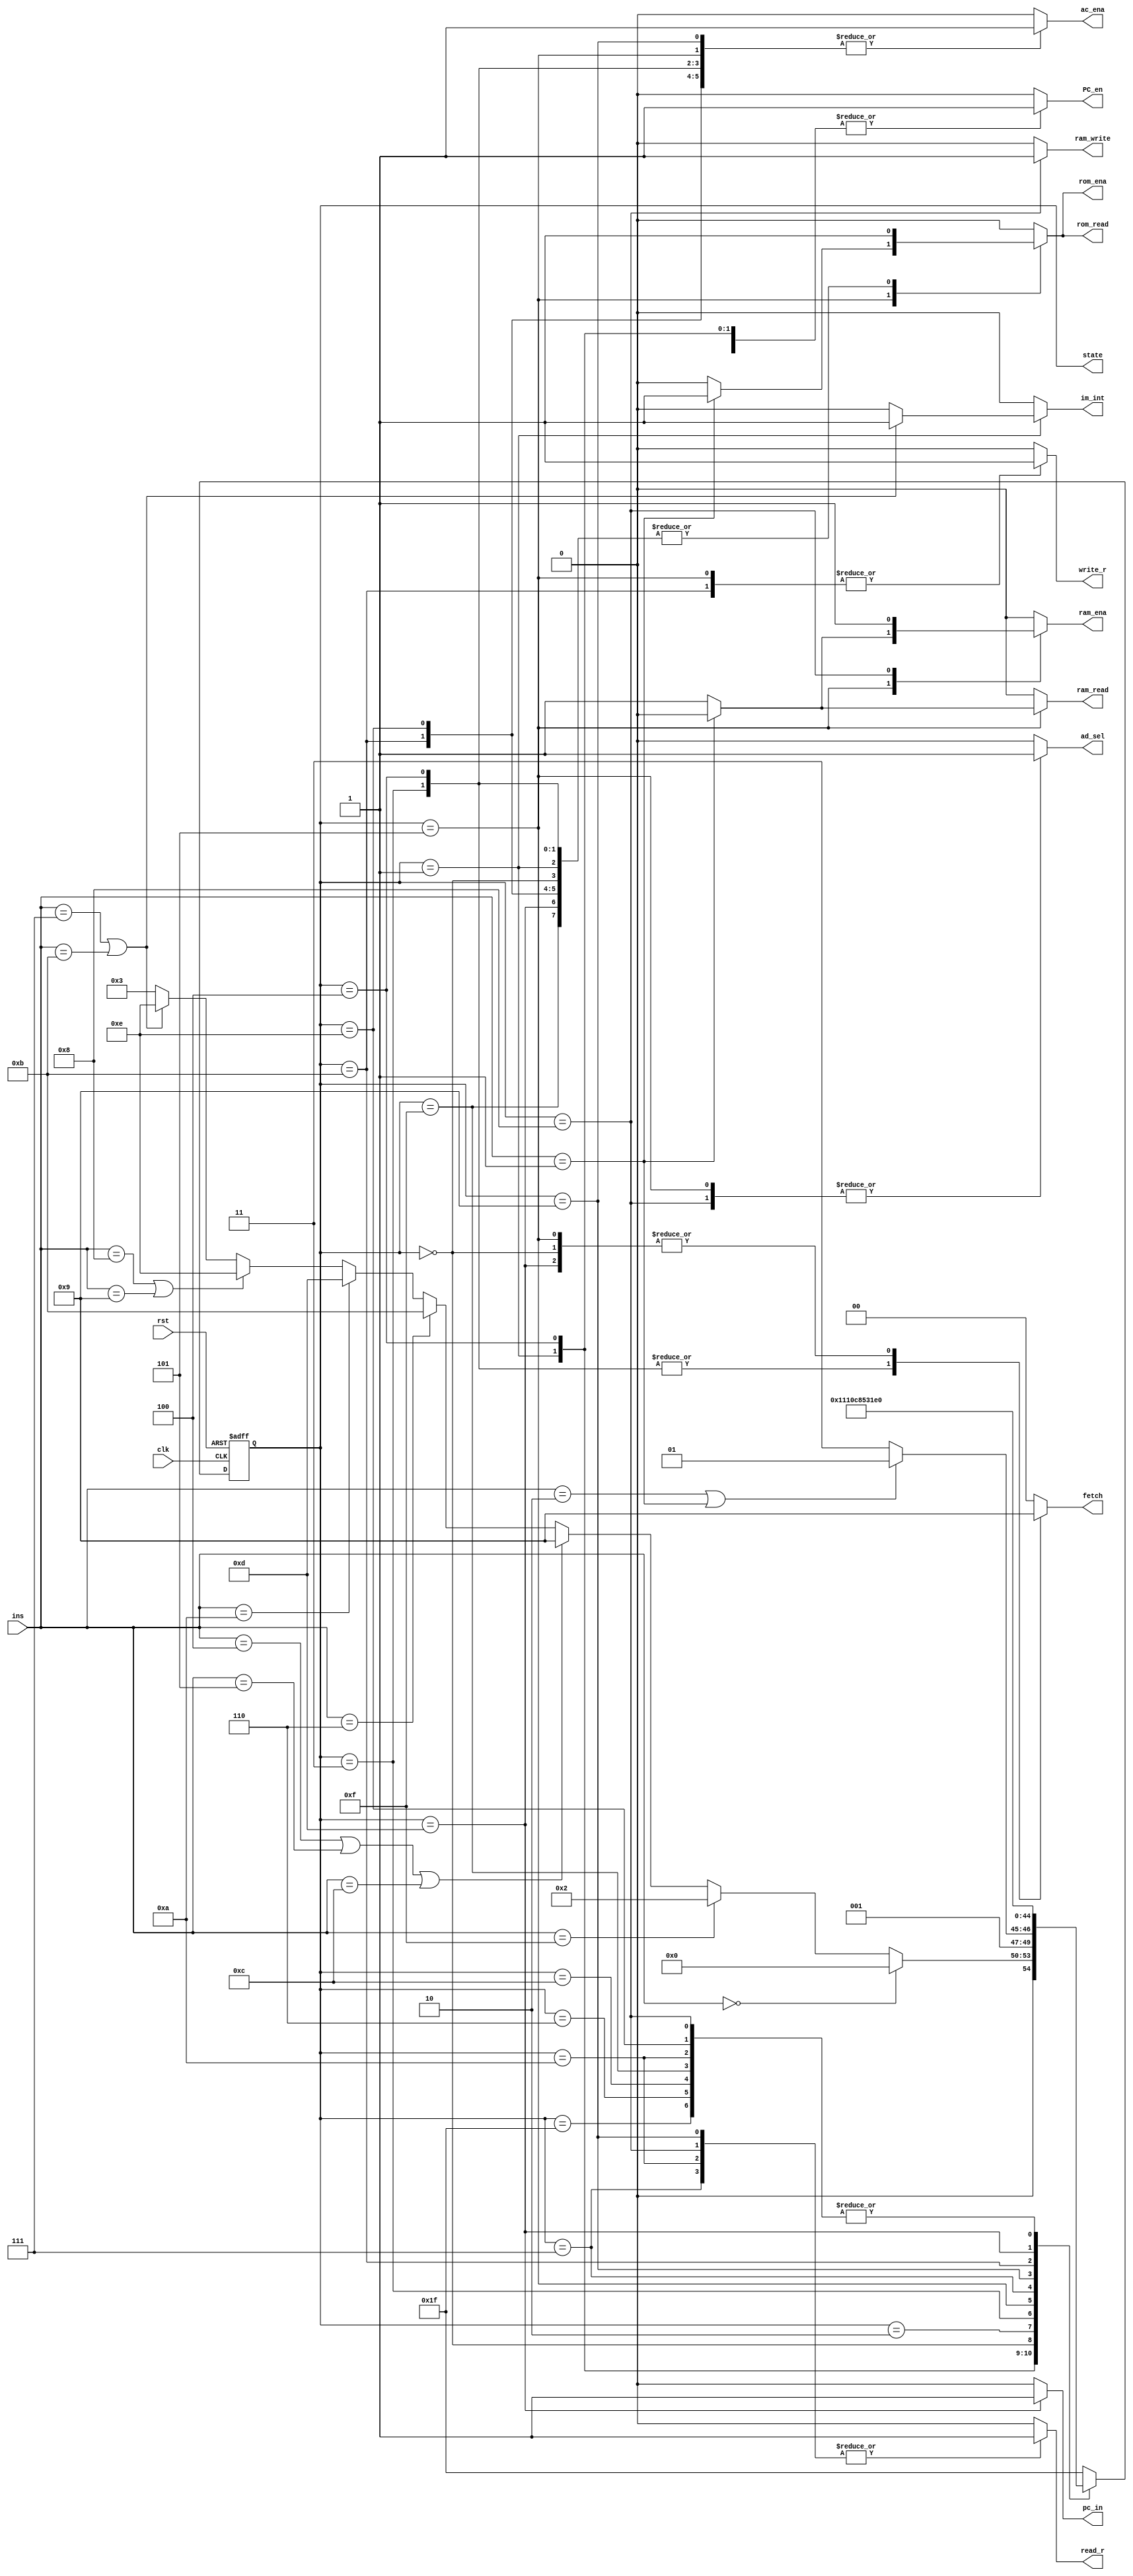
module controller(ins, clk, rst, write_r, read_r, PC_en, fetch, ac_ena, ram_ena, rom_ena,ram_write, ram_read, rom_read, ad_sel, pc_in, state, im_int);

input clk, rst;   		// clock, reset
input [3:0] ins;  		// instructions, 3 bits, 8 types

// Enable signals
output reg write_r, read_r, PC_en, ac_ena, ram_ena, rom_ena, pc_in, im_int;

// ROM: where instructions are storaged. Read only.
// RAM: where data is storaged, readable and writable.
output reg ram_write, ram_read, rom_read, ad_sel;

output reg [1:0] fetch;		// 01: to fetch from RAM/ROM; 10: to fetch from REG

// State code(current state)
output reg [4:0] state;		// current state
reg [4:0] next_state; 	// next state


// instruction code
parameter 	NOP=4'b0000, // no operation
			LDO=4'b0001,	// load ROM to register
			LDA=4'b0010, // load RAM to register
			STO=4'b0011, // Store intermediate results to accumulator
			PRE=4'b0100, // Prefetch Data from Address
			ADD=4'b0101, // Adds the contents of the memory address or integer to the accumulator
			LDM=4'b0110, // Load Multiple
			ADN=4'b0111, // Add integer
			INC=4'b1000, // Increment Acc
			DEC=4'b1001, // Decrement ACC
			JMP=4'b1010, // Jump to ADDR
			CLR=4'b1011, // ClearACC
			SUB=4'b1100, // Sub
			HLT=4'b1111; // Halt

// state code			 
parameter Sidle=5'd31,
			 S0=5'd0,
			 S1=5'd1,
			 S2=5'd2,
			 S3=5'd3,
			 S4=5'd4,
			 S5=5'd5,
			 S6=5'd6,
			 S7=5'd7,
			 S8=5'd8,
			 S9=5'd9,
			 S10=5'd10,
			 S11=5'd11,
			 S12=5'd12,
			 S13=5'd13,
			 S14=5'd14,
			 S15=5'd15,
			 S16=5'd16,
			 S17=5'd17;
			 
//PART A: D flip latch; State register
always @(posedge clk or negedge rst) 
begin
	if(!rst) state<=Sidle;
		//current_state <= Sidle;
	else state<=next_state;
		//current_state <= next_state;	
end

//PART B: Next-state combinational logic
always @*
begin
case(state)
S1:		begin
			if (ins==NOP) next_state=S0;
			else if (ins==HLT)  next_state=S2;
			else if (ins==PRE | ins==ADD | ins==SUB) next_state=S9;
			else if (ins==LDM) next_state=S11;
			else if (ins==JMP) next_state = S13;
			else if (ins==INC | ins==DEC) next_state=S14;
			else if (ins==ADN | ins==CLR) next_state=S14;
			else next_state=S3;
		end

S4:		begin
			if (ins==LDA | ins==LDO) next_state=S5;
			else next_state=S7; 
		end
Sidle:	next_state=S0;
S0:		next_state=S1;
S2:	   next_state=S2;
S3:		next_state=S4;
S5:		next_state=S6;
S6:		next_state=S0;
S7:		next_state=S8;
S8:		next_state=S0;
S9:		next_state=S10;
S10:		next_state=S0;
S11:		next_state=S12;
S12:		next_state=S0;
S13: 		next_state=S15;
S14:		next_state=S0;
S15:		next_state=S0;
default: next_state=Sidle;
endcase
end

// another style
//PART C: Output combinational logic
always@*
begin 
case(state)
// --Note: for each statement, we concentrate on the current state, not next_state
// because it is combinational logic.
  Sidle: begin
		 write_r=1'b0;
		 read_r=1'b0;
		 PC_en=1'b0; 
		 ac_ena=1'b0;
		 ram_ena=1'b0;
		 rom_ena=1'b0;
		 ram_write=1'b0;
		 ram_read=1'b0;
		 rom_read=1'b0;
		 ad_sel=1'b0;
		 pc_in = 0;
		 im_int = 0;
		 fetch=2'b00;
		 end
     S0: begin // load IR
		 write_r=0;
		 read_r=0;
		 PC_en=0;
		 ac_ena=0;
		 ram_ena=0;
		 rom_ena=1;
		 ram_write=0;
		 ram_read=0;
		 rom_read=1;
		 ad_sel=0;
		 pc_in = 0;
		 im_int = 0;
		 fetch=2'b01;
		 end
     S1: begin // PC+1 and begin instruction
		 if(ins == ADN | ins == CLR)
		 begin
		 write_r=0;
		 read_r=0;
		 PC_en=1; 
		 ac_ena=0;
		 ram_ena=0;
		 ram_write=0;
		 ram_read=0;
		 rom_ena=1;
		 rom_read=1; 
		 ad_sel=0;
		 pc_in = 0;
		 im_int = 1;
		 fetch=2'b00;
		 end
		 else if(ins == JMP)
		 begin
		 write_r=0;
		 read_r=0;
		 PC_en=1; 
		 ac_ena=0;
		 ram_ena=0;
		 ram_write=0;
		 ram_read=0;
		 rom_ena=1;
		 rom_read=1; 
		 ad_sel=0;
		 pc_in = 0;
		 im_int = 0;
		 fetch=2'b00;
		 end
		 else
		 begin
		 write_r=0;
		 read_r=0;
		 PC_en=1; 
		 ac_ena=0;
		 ram_ena=0;
		 ram_write=0;
		 ram_read=0;
		 rom_ena=1;
		 rom_read=1; 
		 ad_sel=0;
		 pc_in = 0;
		 im_int = 0;
		 fetch=2'b00;
		 end
		 end
     S2: begin //Halt -> S2 Looping
		 write_r=0;
		 read_r=0;
		 PC_en=0;
		 ac_ena=0;
		 ram_ena=0;
		 rom_ena=0;
		 ram_write=0;
		 ram_read=0;
		 rom_read=0;
		 ad_sel=0;
		 pc_in = 0;
		 fetch=2'b00;
		 im_int = 0;
		 end
     S3: begin  //Fetch IR 2
		 write_r=0; 
		 read_r=0;
		 PC_en=0;
		 ac_ena=1; 
		 ram_ena=0;
		 rom_ena=1;
		 ram_write=0;
		 ram_read=0;
		 rom_read=1;
		 pc_in = 0;
		 ad_sel=0;
	    fetch=2'b10; 
		 im_int = 0;
		 end
	 S4: begin // PC + 1
		 write_r=0;
		 read_r=0;
		 PC_en=1;
		 ac_ena=1;
		 ram_ena=0;
		 ram_write=0;
		 ram_read=0;
		 rom_ena=1; 
		 rom_read=1;
		 ad_sel=0;
		 pc_in = 0;
		 fetch=2'b10; 
		 im_int = 0;
		 end
     S5: begin // Begin LDA to LDO
		 if (ins==LDO)
		 begin
		 write_r=1;
		 read_r=0;
		 PC_en=0;
		 ac_ena=1;
		 ram_ena=0;
		 ram_write=0;
		 ram_read=0;
		 rom_ena=1;
		 rom_read=1;
		 ad_sel=1;
		 pc_in =0;
		 fetch=2'b01; 
		 im_int = 0;		 
		 end
		 else 
		 begin
		 write_r=1;
		 read_r=0;
		 PC_en=0;
		 ac_ena=1;
		 ram_ena=1;
	    ram_write=0;
		 ram_read=1;
		 rom_ena=0;
		 rom_read=0;
		 ad_sel=1;
		 pc_in = 0;
		 fetch=2'b01;
		 im_int = 0;
		 end	 
		 end
     S6: begin //Protect 
		 write_r=1'b0;
		 read_r=1'b0;
		 PC_en=1'b0; 
		 ac_ena=1'b0;
		 ram_ena=1'b0;
		 rom_ena=1'b0;
		 ram_write=1'b0;
		 ram_read=1'b0;
		 rom_read=1'b0;
		 ad_sel=1'b0;
		 fetch=2'b00;
		 pc_in = 0;
		 im_int = 0;
		 end

     S7: begin // STO, reg->ram. step1. read REG
		 write_r=0;
		 read_r=1;
		 PC_en=0;
		 ac_ena=0;
		 ram_ena=0;
		 rom_ena=0;
		 ram_write=0;
		 ram_read=0;
		 rom_read=0;
		 ad_sel=0;
		 pc_in = 0;
		 fetch=2'b00;
		 im_int = 0;
		 end
     S8: begin // STO, step2, write RAM
		 write_r=0;
		 read_r=1;
		 PC_en=0;
		 ac_ena=0;
		 rom_read=0;
		 rom_ena=0;
		 pc_in = 0;
		 ram_ena=1;
		 ram_write=1;
		 ram_read=0;
		 im_int = 0;
		 ad_sel=1;
		 fetch=2'b00; //fetch=2'b10, ram_ena=1, ram_write=1, ad_sel=1;
		 end
     S9: begin 
		 if (ins==PRE) // REG->ACCUM
		 begin
		 write_r=0;
		 read_r=1;
		 PC_en=0;
		 ac_ena=1;
		 ram_ena=0;
		 rom_ena=0;
		 ram_write=0;
		 ram_read=0;
		 rom_read=0;
		 ad_sel=0;
		 pc_in = 0;
		 fetch=2'b00;
		 im_int = 0;
		 end
		 else 
		 begin 
		 write_r=0;
		 read_r=1;
		 PC_en=0;
		 ac_ena=1;
		 ram_ena=0;
		 rom_ena=0;
		 ram_write=0;
		 ram_read=0;
		 rom_read=0;
		 ad_sel=0;
		 pc_in = 0;
		 fetch=2'b00;
		 im_int = 0;		 
		 end 
		 end
    S10: begin // Write to accumm
		 write_r=0;
		 read_r=1;
		 PC_en=0;
		 ac_ena=0;
		 ram_ena=0;
		 rom_ena=0;
		 ram_write=0;
		 ram_read=0;
		 rom_read=0;
		 ad_sel=0;
		 fetch=2'b00;
		 pc_in = 0;
		 im_int = 0;
		 end
    S11: begin // LDM, step1, write reg
		 write_r=1;
		 read_r=0;
		 PC_en=0;
		 ac_ena=1;
		 ram_ena=0;
		 im_int = 0;
		 ram_write=0;
		 ram_read=0;
		 rom_ena=1;
		 rom_read=1;
		 ad_sel=0;
		 fetch=2'b00;
		 pc_in = 0;
		 end
    S12: begin // Protect
		 write_r=0;
		 read_r=0;
		 PC_en=0;
		 ac_ena=0;
		 ram_ena=0;
		 rom_ena=0;
		 ram_write=0;
		 ram_read=0;
		 rom_read=0;
		 ad_sel=0;
		 pc_in = 0;
		 fetch=2'b00;	
		 im_int = 0; 
		 end
	 S13: begin // Write specific addr to PC
		 write_r=0;
		 read_r=0;
		 PC_en=1;
		 ac_ena=0; 
		 ram_ena=0;
		 rom_ena=1;
		 ram_write=0;
		 ram_read=0;
		 rom_read=1;
		 pc_in = 1;
		 ad_sel=0;
	    fetch=2'b01; 
		 im_int = 0;
		 end
	S14: begin // Increment, Decrement or Add the number to ACCUM
		 write_r=0;
		 read_r=0;
		 PC_en=0;
		 pc_in=0;
		 ac_ena=1;
		 ram_ena=0;
		 rom_ena=1;
		 ram_write=0;
		 ram_read=0;
		 rom_read=1;
		 ad_sel=0;
		 fetch=2'b00;	
		 im_int = 0; 
		 end
	S15: begin // Protect
		 write_r=0;
		 read_r=0;
		 PC_en=0;
		 pc_in=0;
		 ac_ena=0;
		 ram_ena=0;
		 rom_ena=1;
		 ram_write=0;
		 ram_read=0;
		 rom_read=1;
		 ad_sel=0;
		 fetch=2'b00;	
		 im_int = 0; 
		 end
default: begin
		 write_r=0;
		 read_r=0;
		 PC_en=0;
		 ac_ena=0;
		 ram_ena=0;
		 rom_ena=0;	
		 ram_write=0;
		 ram_read=0;
		 rom_read=0;
		 ad_sel=0;
		 pc_in=0;
		 fetch=2'b00;	
		 im_int = 0;
		 end
endcase
end
endmodule